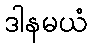
ဒါနမယံ